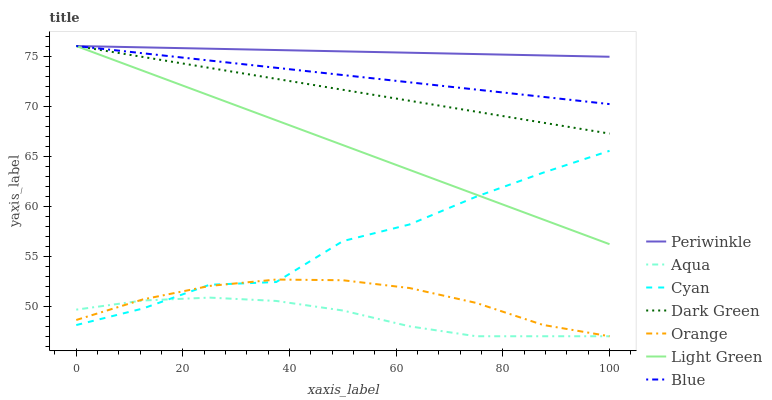
| xaxis_label | Periwinkle | Aqua | Cyan | Dark Green | Orange | Light Green | Blue |
 | --- | --- | --- | --- | --- | --- | --- | --- |
 | 0 | 76 | 49.7 | 48.1 | 76 | 48.6 | 76 | 76 |
 | 12.5 | 75.9 | 50.6 | 49.8 | 74.9 | 50.7 | 73.5 | 75.3 |
 | 25 | 75.7 | 50.9 | 52.1 | 73.8 | 52 | 71 | 74.5 |
 | 37.5 | 75.6 | 50.5 | 52.4 | 72.7 | 52.7 | 68.6 | 73.8 |
 | 50 | 75.5 | 49.6 | 56.5 | 71.6 | 52.6 | 66.1 | 73.1 |
 | 62.5 | 75.3 | 48 | 58.2 | 70.5 | 51.8 | 63.6 | 72.4 |
 | 75 | 75.2 | 47 | 60.9 | 69.4 | 50.3 | 61.1 | 71.6 |
 | 87.5 | 75.1 | 47 | 63.3 | 68.3 | 48.1 | 58.7 | 70.9 |
 | 100 | 74.9 | 47 | 65.5 | 67.2 | 47 | 56.2 | 70.2 |